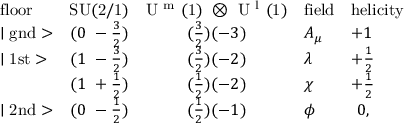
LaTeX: \begin{array} { l c c l l } { { \mathrm { f l o o r } } } & { { \mathrm { S U ( 2 / 1 ) } } } & { { \mathrm { U ~ ^ { m } ~ ( 1 ) ~ \otimes ~ U ~ ^ { l } ~ ( 1 ) } } } & { { \mathrm { f i e l d } } } & { { \mathrm { h e l i c i t y } } } \\ { { \mid \mathrm { g n d } > } } & { { ( 0 ~ - \frac { 3 } { 2 } ) } } & { { ( \frac { 3 } { 2 } ) ( - 3 ) } } & { { A _ { \mu } } } & { { + 1 } } \\ { { \mid \mathrm { 1 s t } > } } & { { ( 1 ~ - \frac { 3 } { 2 } ) } } & { { ( \frac { 3 } { 2 } ) ( - 2 ) } } & { { \lambda } } & { { + \frac { 1 } { 2 } } } \\ { { } } & { { ( 1 ~ + \frac { 1 } { 2 } ) } } & { { ( \frac { 1 } { 2 } ) ( - 2 ) } } & { { \chi } } & { { + \frac { 1 } { 2 } } } \\ { { \mid \mathrm { 2 n d } > } } & { { ( 0 ~ - \frac { 1 } { 2 } ) } } & { { ( \frac { 1 } { 2 } ) ( - 1 ) } } & { { \phi } } & { { ~ 0 , } } \end{array}